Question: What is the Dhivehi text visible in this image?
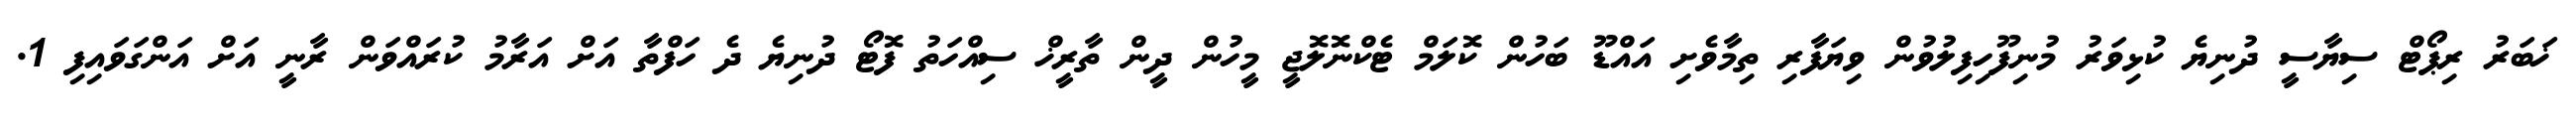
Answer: ޚަބަރު ރިޕޯޓް ސިޔާސީ ދުނިޔެ ކުޅިވަރު މުނިފޫހިފިލުވުން ވިޔަފާރި ތިމާވެށި އައްޑޫ ބަހުން ކޮލަމް ޓެކްނޮލޮޖީ މީހުން ދީން ތާރީޚް ސިއްހަތު ފޮޓޯ ދުނިޔެ ދެ ހަފްތާ އަށް އަރާމު ކުރައްވަން ރާނީ އަށް އަންގަވައިފި 1.